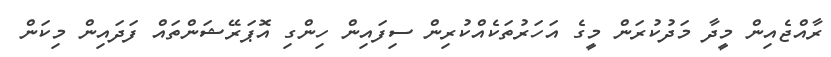
ރާއްޖެއިން މީދާ މަދުކުރަން މީގެ އަހަރުތަކެއްކުރިން ސިފައިން ހިންގި އޮޕަރޭޝަންތައް ފަދައިން މިކަން